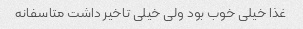
غذا خیلی خوب بود ولی خیلی تاخیر داشت متاسفانه